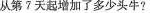
从第7天起增加了多少头牛?